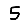
Digit: 5